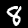
Digit: 8